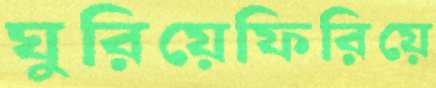
ঘুরিয়েফিরিয়ে